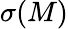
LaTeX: \sigma(M)